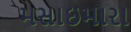
મસાઇમારા